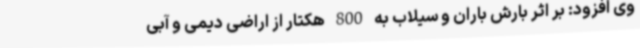
وی افزود: بر اثر بارش باران و سیلاب به 800 هکتار از اراضی دیمی و آبی